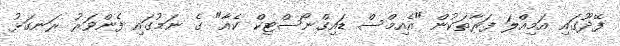
ފޭދޫގައި އަމިއްލަ ފަރާތަކުން "އެއިމްސް ޑައިގްނޯސްޓިކް ކެއާ" ގެ ނަމުގައި ފެންވަރު ރަނގަޅު